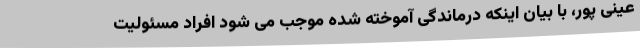
عینی پور، با بیان اینکه درماندگی آموخته شده موجب می شود افراد مسئولیت